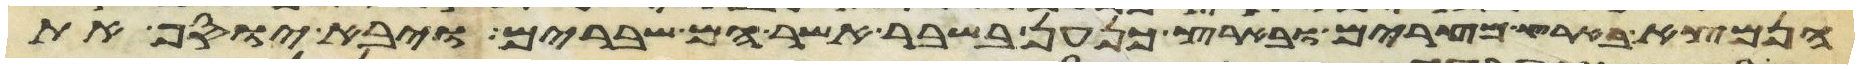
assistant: הנמצא בארץ מצרים ובארץ כנען בשבר אשר הם שברים ויבא יוסף את